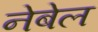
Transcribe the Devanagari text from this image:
नेबेल